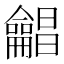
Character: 𱍊